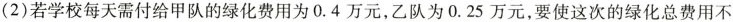
(2) 若学校每天需付给甲队的绿化费用为0. 4 万元，乙队为 0. 25 万元，要使这次的绿化总费用不